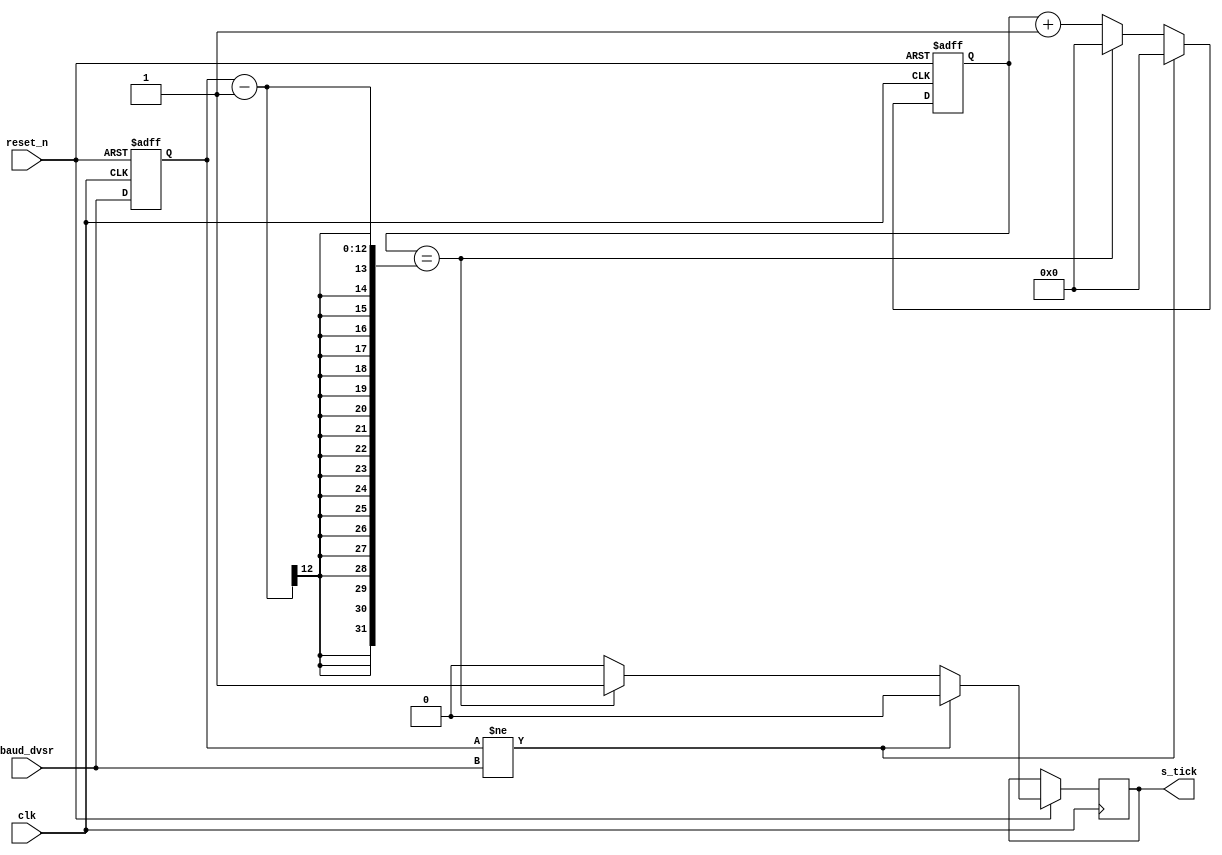

module baud_generator#(parameter DVSR_WIDTH=12)
	(
	input clk,reset_n,
	input[DVSR_WIDTH-1:0] baud_dvsr, //2605 for 12000baud , 1303 for 2400baud , 652 for 4800baud , 326 for 9600baud , 162 for 19200 , 27 for 115200
	output reg s_tick
  );
	 reg[11:0] counter=0;
	 reg[11:0] baud_dvsr_reg;//use to store the last value of dvsr input. If the dvsr changes, the counter resets (with this, there will be no delay)
	 always @(posedge clk,negedge reset_n) begin
		if(!reset_n) begin
			counter<=0;
			baud_dvsr_reg<=0;
		end
		else begin
			s_tick=0;
			if(baud_dvsr_reg!=baud_dvsr) counter<=0;
			else if(counter==baud_dvsr_reg-1) begin
				s_tick=1;
				counter<=0;
			end
			else begin
				counter<=counter+1;
			end
			baud_dvsr_reg<=baud_dvsr;
		end
	 end
	 
endmodule